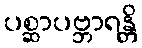
ပစ္ဆာပဗ္ဘာရန္တိ